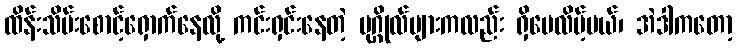
ထိန်းသိမ်းစောင့်ရှောက်နေလို့ ကင်းရှင်းနေတဲ့ ပုဂ္ဂိုလ်များကလည်း ရှိပေလိမ့်မယ်၊ အဲဒါကတော့